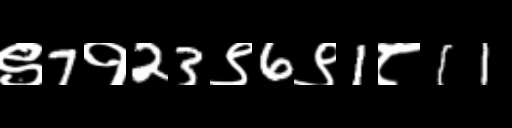
Text: ९7१23९6९1८11